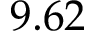
9 . 6 2